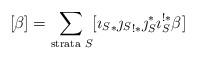
LaTeX: \begin{align*}[\beta] = \sum_\textrm{strata $S$} [{\imath_S}_*{\jmath_S}_{!*}\jmath_S^*\imath_S^{!*}\beta]\end{align*}